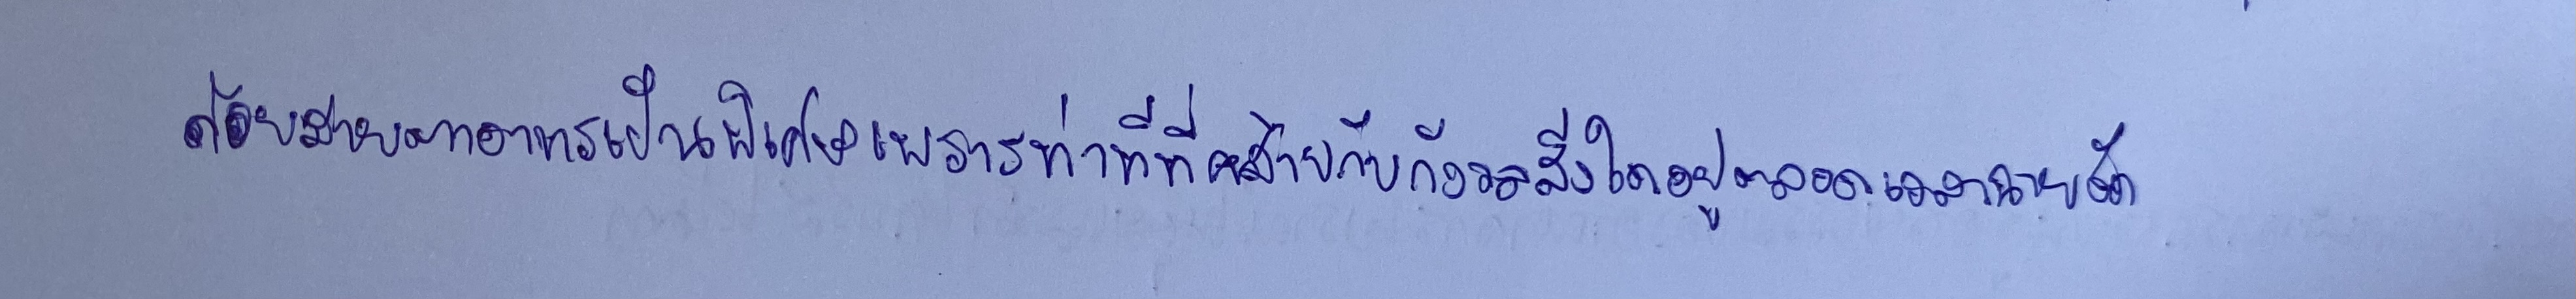
ด้วยสายตาอาทรเป็นพิเศษเพราะท่าทีที่คล้ายกับกังวลสิ่งใดอยู่ตลอดเวลาฉายชัด